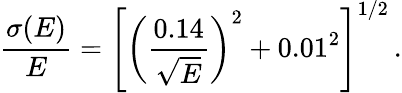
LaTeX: {\frac{\sigma(E)}{E}}=\left[\left({\frac{0.14}{\sqrt E}}\right)^{2}+0.01^{2}\right]^{1/2}\, .